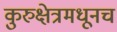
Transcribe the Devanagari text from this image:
कुरुक्षेत्रमधूनच